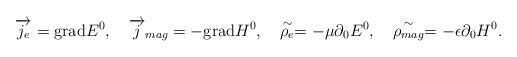
LaTeX: \begin{align*}\overrightarrow{j_e}=\mathrm{grad}E^0, \quad \overrightarrow{j}_{mag}=-\mathrm{grad}H^0, \quad \stackrel{\sim }{\rho _e}=-\mu \partial _0E^0, \quad\stackrel{\sim }{\rho _{mag}}=-\epsilon \partial _0H^0. \end{align*}